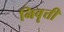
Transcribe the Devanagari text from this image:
निवॄत्ती